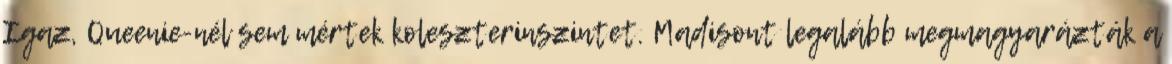
Igaz, Queenie-nél sem mértek koleszterinszintet. Madisont legalább megmagyarázták a